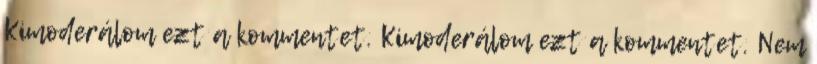
Kimoderálom ezt a kommentet. Kimoderálom ezt a kommentet. Nem